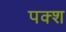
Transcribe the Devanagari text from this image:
पक्श